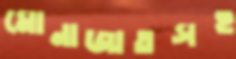
মোনাজাতসহ